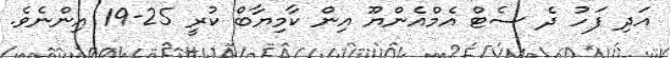
އަދި ފަހު ދެ ސެޓް އެމްއެންޔޫ އިން ކާމިޔާބް ކުރީ 25-19 އިންނެވެ.